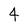
Character: 4